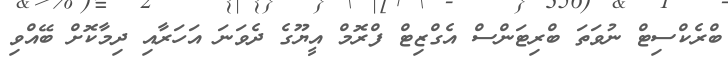
ބްރެކްސިޓް ނުވަތަ ބްރިޓަންސް އެގްޒިޓް ފްރޮމް އީޔޫގެ ދެވަނަ އަހަރާއި ދިމާކޮށް ބޭއްވި